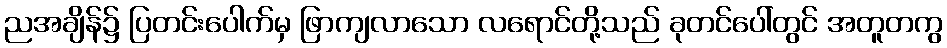
ညအချိန်၌ ပြတင်းပေါက်မှ ဖြာကျလာသော လရောင်တို့သည် ခုတင်ပေါ်တွင် အတူတကွ